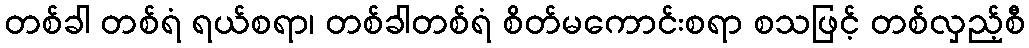
တစ်ခါ တစ်ရံ ရယ်စရာ၊ တစ်ခါတစ်ရံ စိတ်မကောင်းစရာ စသဖြင့် တစ်လှည့်စီ